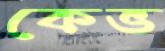
কেভ